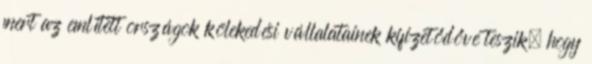
mert az említett országok kölekedési vállalatainek kifizetődővé teszik, hogy